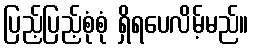
ပြည့်ပြည့်စုံစုံ ရှိရပေလိမ့်မည်။